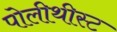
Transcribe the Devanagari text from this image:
पोलीथीस्ट